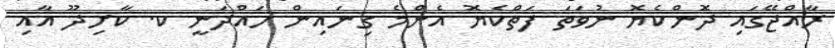
ރާއްޖޭގައި ދޮންކެޔޮ ނުވަތަ ފަތްކެޔޮ އެންމެ ގިނައިން ހައްދަނީ ކ. ކާށިދޫ އާއި